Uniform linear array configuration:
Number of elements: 48
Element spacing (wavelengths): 0.25
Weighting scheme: hamming
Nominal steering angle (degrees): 45
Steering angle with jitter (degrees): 44.733
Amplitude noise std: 0.05
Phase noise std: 0.05

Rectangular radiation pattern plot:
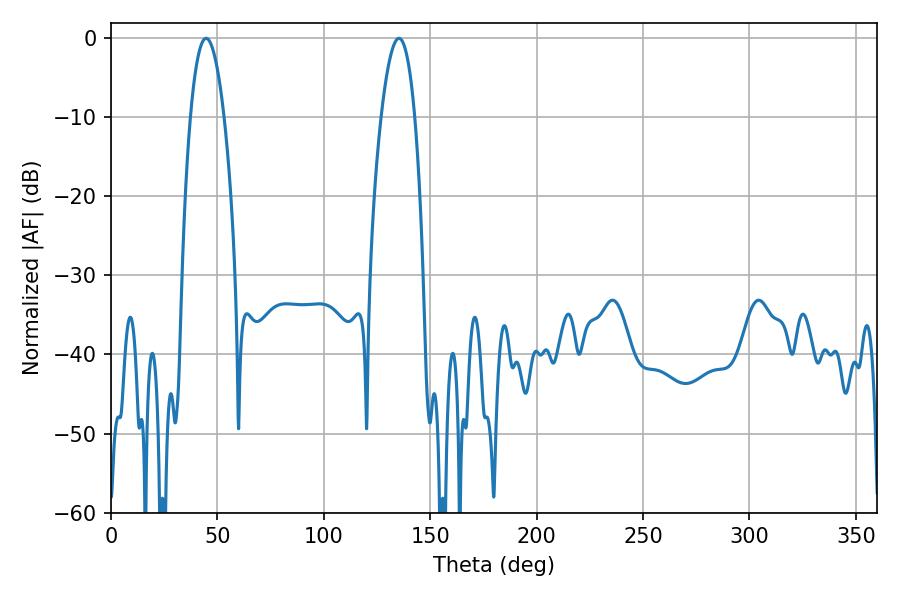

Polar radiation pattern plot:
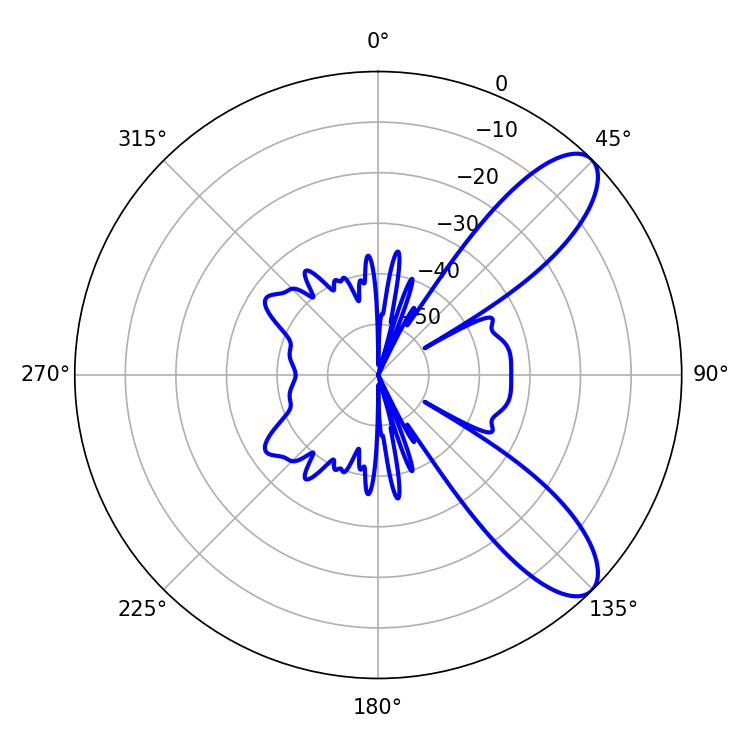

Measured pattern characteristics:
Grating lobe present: FALSE
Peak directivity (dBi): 9.378
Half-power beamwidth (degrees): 8.64
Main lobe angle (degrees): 44.64